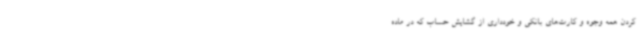
کردن همه وجوه و کارت‌های بانکی و خودداری از گشایش حساب که در ماده